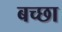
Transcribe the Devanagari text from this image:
बच्छा